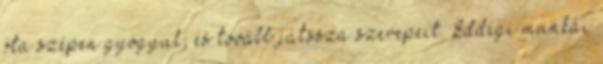
óta szépen gyógyul, és tovább játssza szerepeit. Eddigi munkái